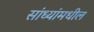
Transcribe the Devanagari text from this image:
सांध्यांमधील